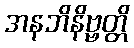
အနဘိနိဗ္ဗတ္တိ